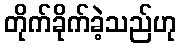
တိုက်ခိုက်ခဲ့သည်ဟု